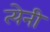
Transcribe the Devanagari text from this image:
त्येनी